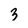
Character: 3